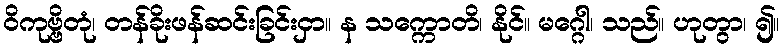
ဝိကုဗ္ဗိတုံ၊ တန်ခိုးဖန်ဆင်းခြင်းငှာ။ န သက္ကောတိ၊ နိုင်။ မဂ္ဂေါ၊ သည်။ ဟုတွာ၊ ၍။